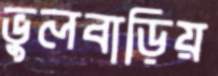
ভুলবাড়িয়